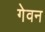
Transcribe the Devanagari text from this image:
गेवन